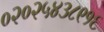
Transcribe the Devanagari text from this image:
०२०२५४३८९१६